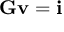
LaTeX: \mathbf { G v } = \mathbf { i }